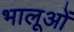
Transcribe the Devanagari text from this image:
भालूओंं